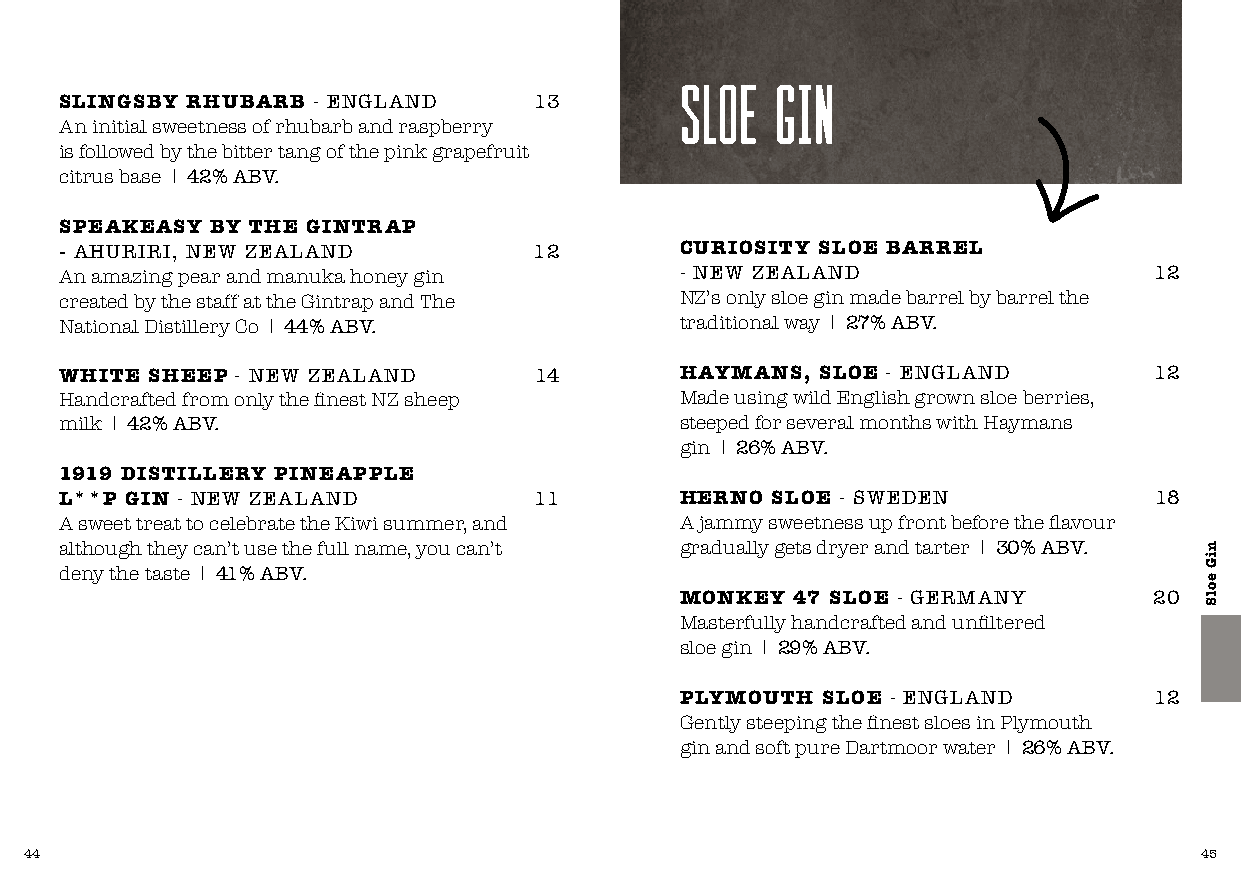
sloe  GIN
 SLINGSBY RHUBARB - ENGLAND     13
 An initial sweetness of rhubarb and raspberry
 is followed by the bitter tang of the pink grapefruit
 citrus base I 42% ABV.
 SPEAKEASY BY THE GINTRAP
 - AHURIRI, NEW ZEALAND         12        CURIOSITY SLOE BARREL
 An amazing pear and manuka honey gin     - NEW ZEALAND                  12
 created by the staff at the Gintrap and The NZ’s only sloe gin made barrel by barrel the
 National Distillery Co I 44% ABV.        traditional way I 27% ABV.
 WHITE SHEEP - NEW ZEALAND      14        HAYMANS, SLOE - ENGLAND        12
 Handcrafted from only the finest NZ sheep Made using wild English grown sloe berries,
 milk I 42% ABV.                          steeped for several months with Haymans
 gin I 26% ABV.
 1919 DISTILLERY PINEAPPLE
 L**P GIN - NEW ZEALAND         11        HERNO SLOE - SWEDEN            18
 A sweet treat to celebrate the Kiwi summer, and A jammy sweetness up front before the flavour
 although they can’t use the full name, you can’t gradually gets dryer and tarter I 30% ABV.
 deny the taste I 41% ABV.
 MONKEY  47 SLOE - GERMANY      20
 Masterfully handcrafted and unfiltered
 sloe gin I 29% ABV.
 PLYMOUTH SLOE - ENGLAND        12
 Gently steeping the finest sloes in Plymouth
 gin and soft pure Dartmoor water I 26% ABV.
 44                                                                           45
 niG
 eolS